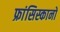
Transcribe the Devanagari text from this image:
फ्रांसिस्कानों